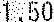
1.50